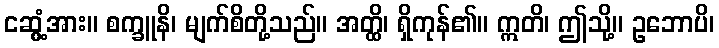
ငဆွံ့အား။ စက္ခူနိ၊ မျက်စိတို့သည်။ အတ္ထိ၊ ရှိကုန်၏။ ဣတိ၊ ဤသို့။ ဥဘောပိ၊